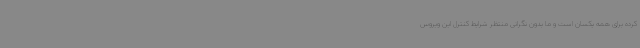
کرده برای همه یکسان است و ما بدون نگرانی منتظر شرایط کنترل این ویروس